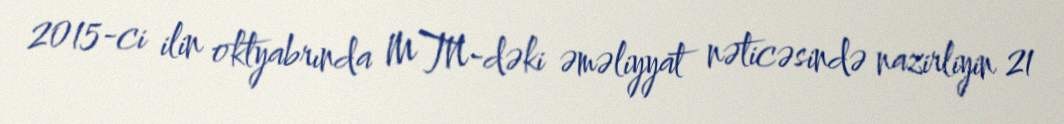
2015-ci ilin oktyabrında MTN-dəki əməliyyat nəticəsində nazirliyin 21